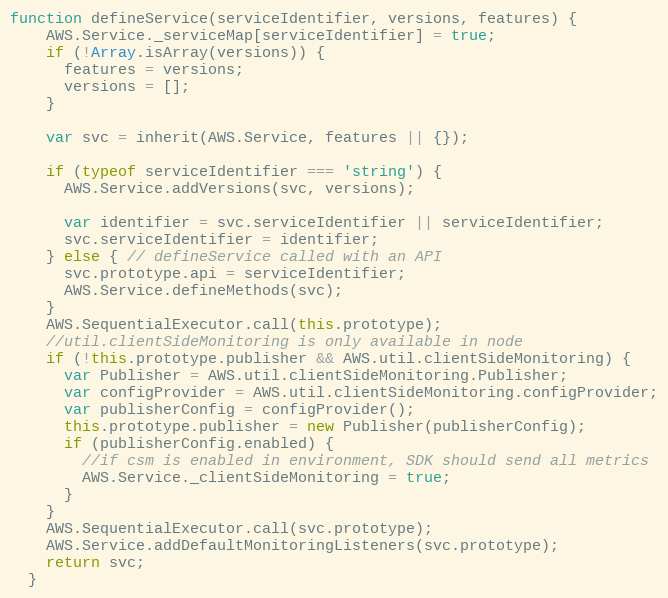
Language: JavaScript
function defineService(serviceIdentifier, versions, features) {
    AWS.Service._serviceMap[serviceIdentifier] = true;
    if (!Array.isArray(versions)) {
      features = versions;
      versions = [];
    }

    var svc = inherit(AWS.Service, features || {});

    if (typeof serviceIdentifier === 'string') {
      AWS.Service.addVersions(svc, versions);

      var identifier = svc.serviceIdentifier || serviceIdentifier;
      svc.serviceIdentifier = identifier;
    } else { // defineService called with an API
      svc.prototype.api = serviceIdentifier;
      AWS.Service.defineMethods(svc);
    }
    AWS.SequentialExecutor.call(this.prototype);
    //util.clientSideMonitoring is only available in node
    if (!this.prototype.publisher && AWS.util.clientSideMonitoring) {
      var Publisher = AWS.util.clientSideMonitoring.Publisher;
      var configProvider = AWS.util.clientSideMonitoring.configProvider;
      var publisherConfig = configProvider();
      this.prototype.publisher = new Publisher(publisherConfig);
      if (publisherConfig.enabled) {
        //if csm is enabled in environment, SDK should send all metrics
        AWS.Service._clientSideMonitoring = true;
      }
    }
    AWS.SequentialExecutor.call(svc.prototype);
    AWS.Service.addDefaultMonitoringListeners(svc.prototype);
    return svc;
  }